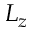
L _ { z }